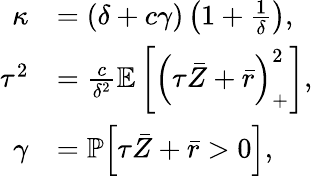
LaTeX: \begin{array}{rl}{\kappa}&{=\left(\delta+c\gamma\right)\left(1+\frac{1}{\delta}\right),}\\ {\tau^{2}}&{=\frac{c}{\delta^{2}}\mathbb{E}\left[\left(\tau\bar{Z}+\bar{r}\right)_{+}^{2}\right],}\\ {\gamma}&{=\mathbb{P}\Bigl[\tau\bar{Z}+\bar{r}>0\Bigr],}\end{array}